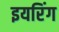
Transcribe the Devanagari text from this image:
इयरिंग